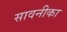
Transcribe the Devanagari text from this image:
सावनीका